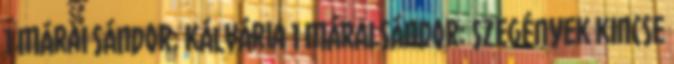
1 Márai Sándor: Kálvária 1 MÁRAI SÁNDOR: SZEGÉNYEK KINCSE